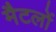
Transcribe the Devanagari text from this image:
मैटलों